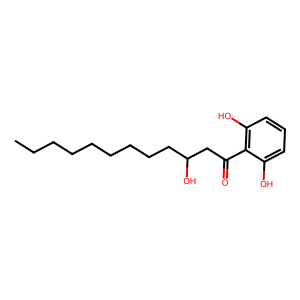
SMILES: CCCCCCCCCC(O)CC(=O)c1c(O)cccc1O
Inhibits HIV replication: No